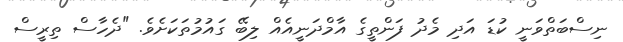
ނިސްބަތްވަނީ ކުޑަ އަދި މެދު ފަންތީގެ އާމްދަނީއެއް ލިބޭ ގައުމުތަކަށެވެ. "ދެހާސް ތިރީސް